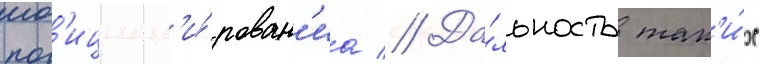
поз'ицион'и́рован'иа // Да́льность так'и́х